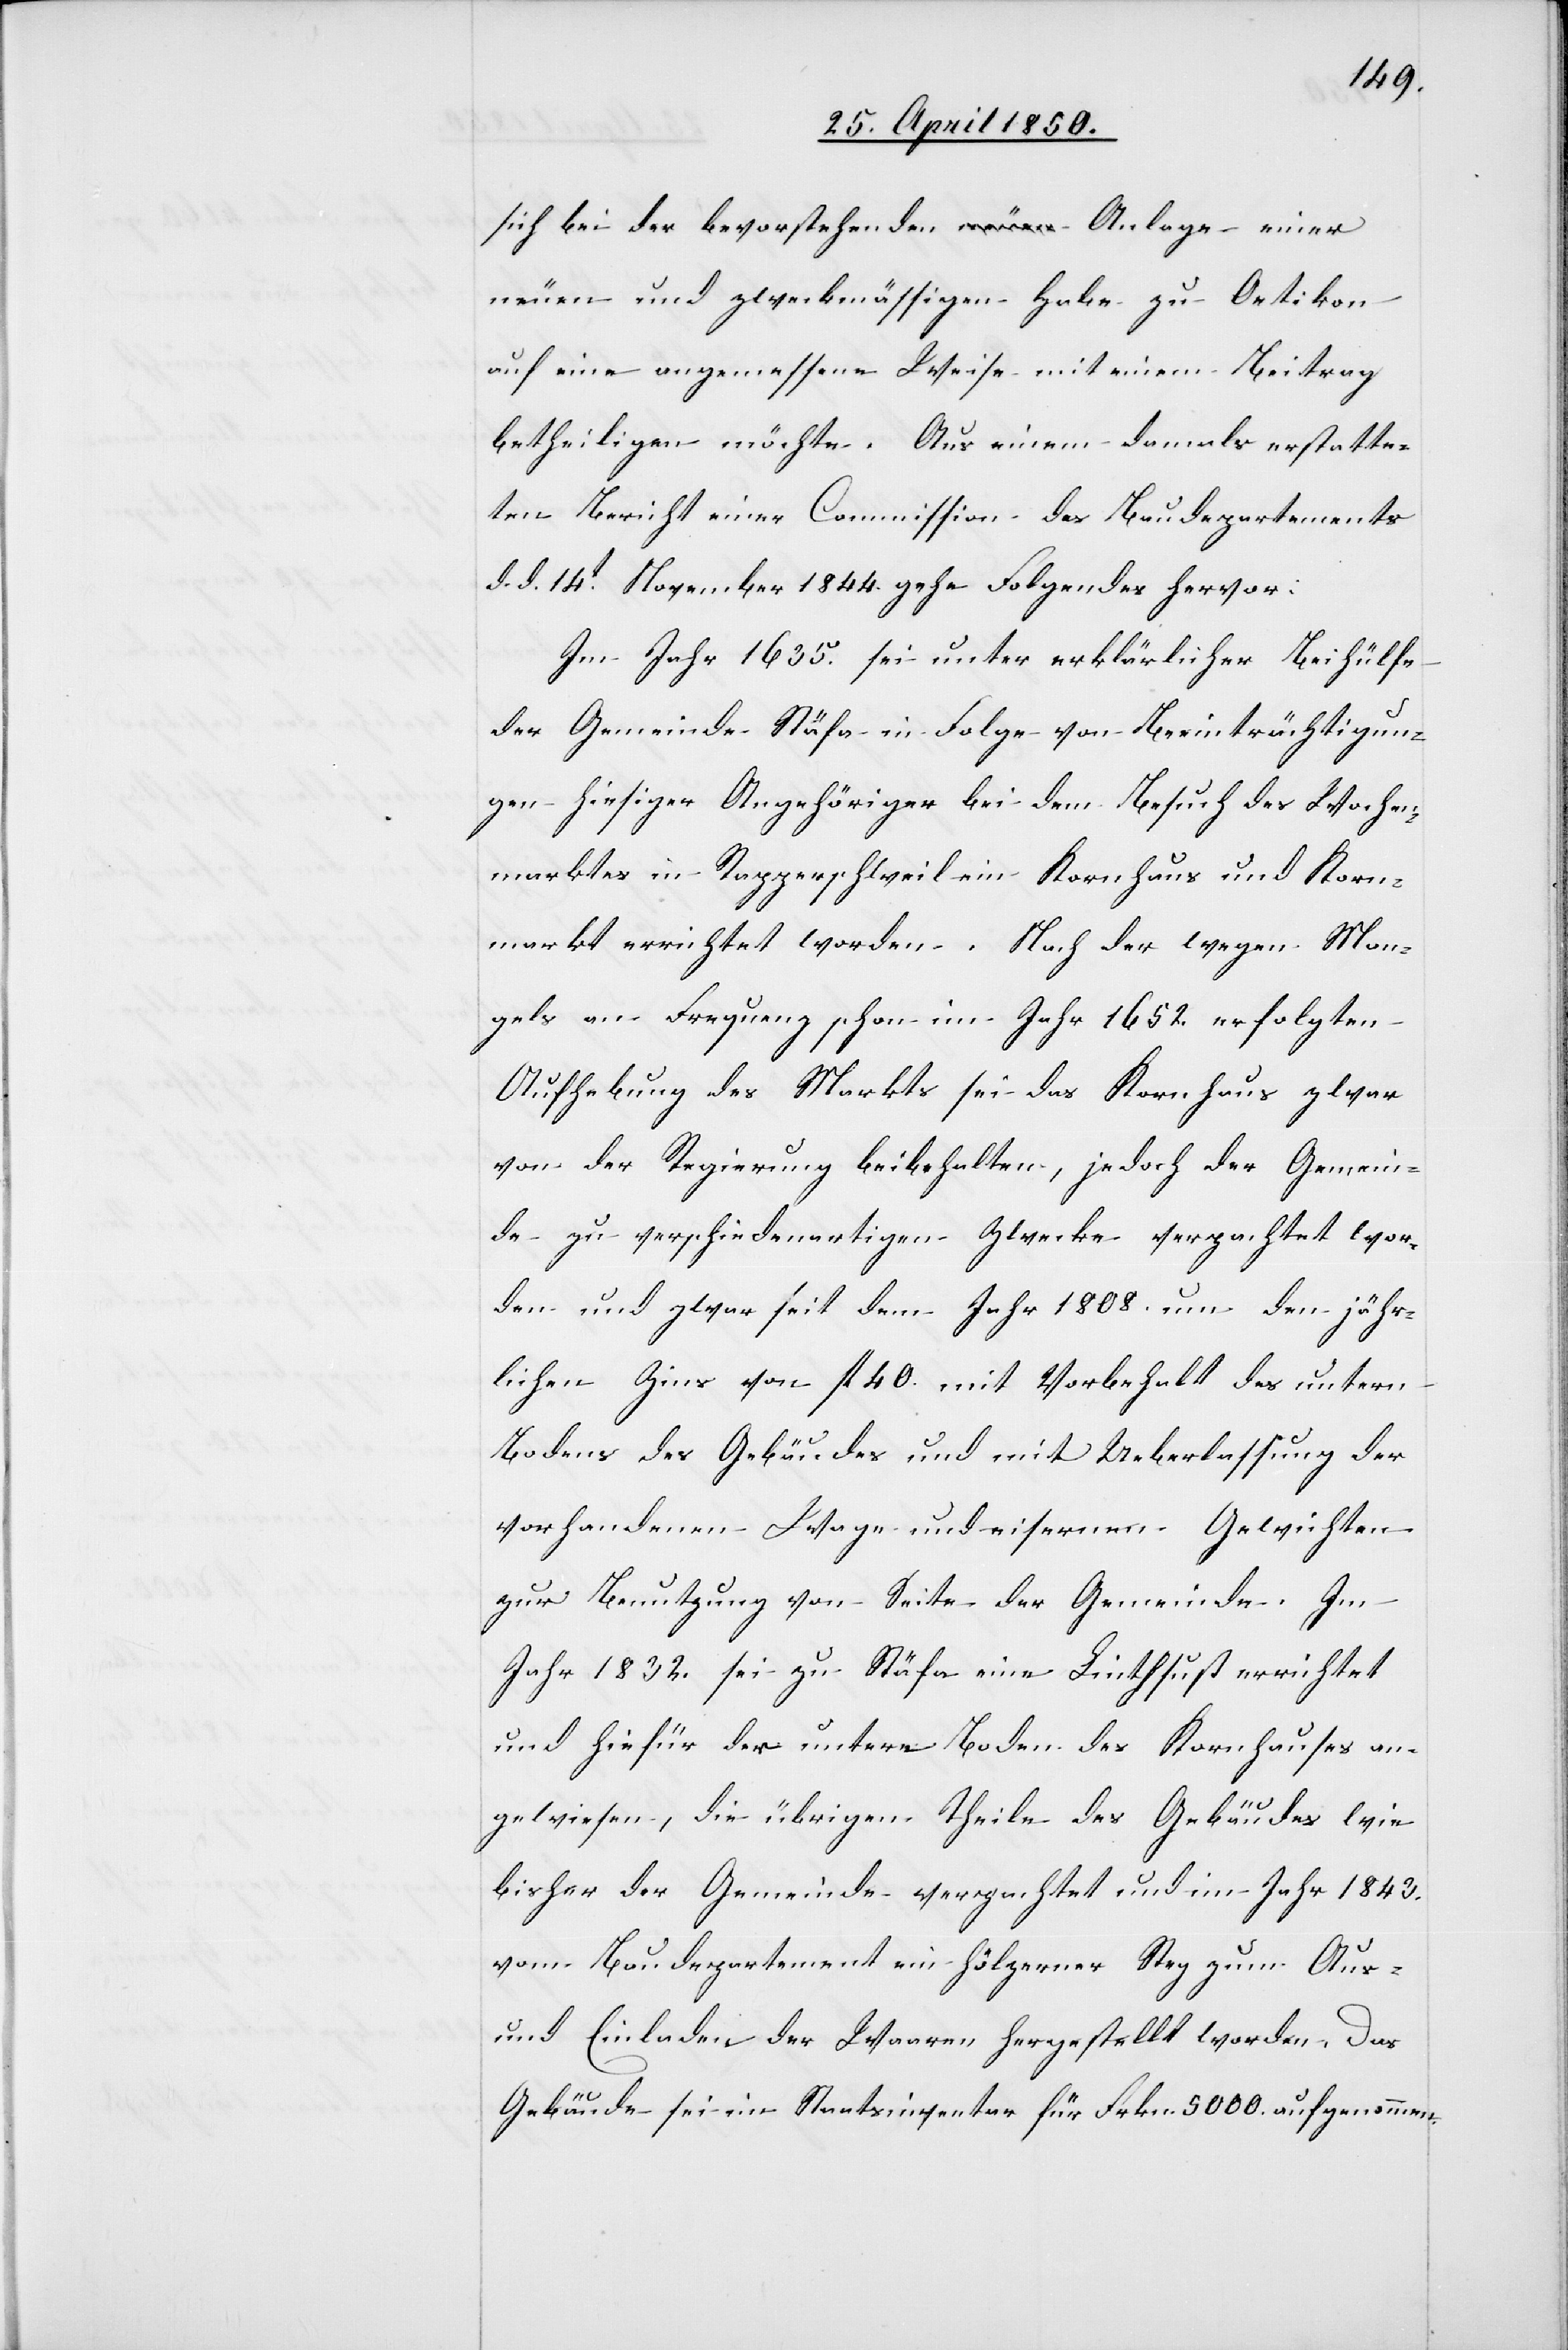
Man¬
sich bei der bevorstehenden Anlage einer
neuen und zweckmässigen Habe zu Oetikon
auf eine angemessene Weise mit einem Beitrag
betheiligen möchte. Aus einem damals erstatte¬
ten Bericht einer Commission des Baudepartements
d. d. 14t November 1844. gehe Folgendes hervor:
Im Jahr 1635. sei unter erklärlicher Beihülfe
der Gemeinde Stäfa in Folge von Beeinträchtigun¬
gen hiesiger Angehöriger bei dem Besuch des Wochen¬
marktes in Rapperschweil ein Kornhaus und Korn¬
markt errichtet worden. Nach der wegen Mongels
gels] an Frequenz schon im Jahr 1652. erfolgten
Aufhebung des Markts sei das Kornhaus zwar
von der Regierung beibehalten, jedoch der Gemein¬
de zu verschiedenartigen Zwecke verpachtet wor¬
den und zwar seit dem Jahr 1808. um den jähr¬
lichen Zins von fl 40. mit Vorbehalt des untern
Bodens des Gebäudes und mit Ueberlassung der
vorhandenen Wage und eisernen Gewichten
zur Benutzung von Seite der Gemeinde. Im
Jahr 1832. sei zu Stäfa eine Linthsust errichtet
und hiefür der untere Boden des Kornhauses an¬
gewiesen, die übrigen Theile des Gebäudes wie
bisher der Gemeinde verpachtet und im Jahr 1843.
vom Baudepartement ein hölzerner Steg zum Aus-
und Einladen der Waaren hergestellt worden. Das
Gebäude sei im Staatsinventar für Frkn. 5000. aufgenommen